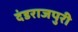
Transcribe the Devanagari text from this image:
दंडराजपुरी